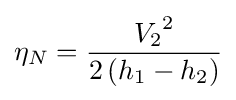
\eta _{N}={\frac {{V_{2}}^{2}}{2\left(h_{1}-h_{2}\right)}}